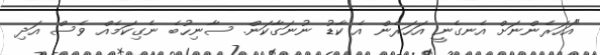
"އަހަރެންނަށް އެނގެނީ އަހަރެން އެ ކާޑު ނުނަގާކަން. ސާނިހުބެ ނެގިކަމެއް ވެސް އަދި